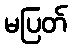
မပြတ်